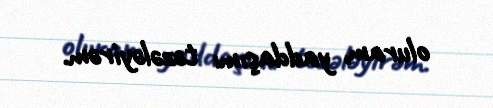
oluram, yaddaşımı təzələyirəm.